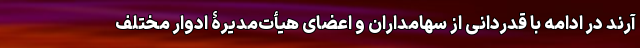
آرند در ادامه با قدردانی از سهامداران و اعضای هیأت‌مدیرۀ ادوار مختلف